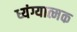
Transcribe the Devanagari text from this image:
ध्यंग्यात्मक